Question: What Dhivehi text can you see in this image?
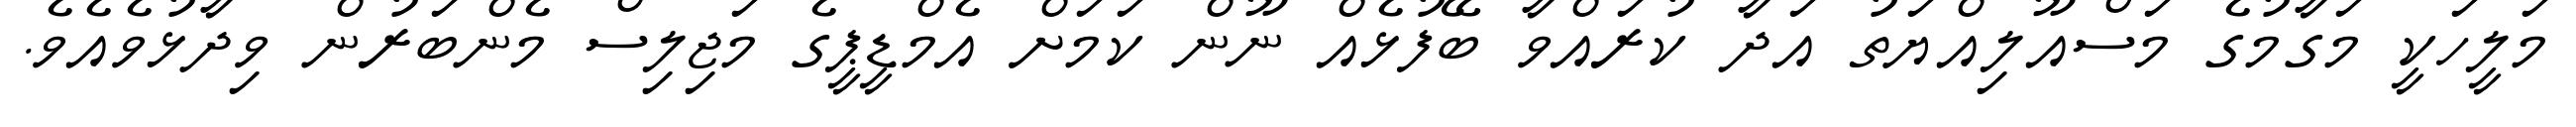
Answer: މަލީހަކީ މަގާމުގެ މަސްއޫލިއްޔަތު އަދާ ކުރައްވާ ބޭފުޅެއް ނޫން ކަމަށް އެމްޑީޕީގެ މަޖިލިސް މެންބަރުން ވިދާޅުވެއެވެ.